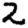
Digit: 2